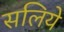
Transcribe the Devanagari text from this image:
सलिये